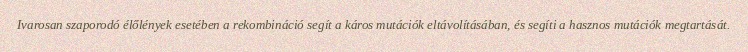
Ivarosan szaporodó élőlények esetében a rekombináció segít a káros mutációk eltávolításában, és segíti a hasznos mutációk megtartását.